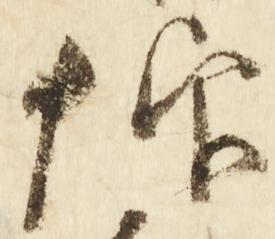
仰